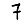
Digit: 7